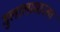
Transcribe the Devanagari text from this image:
गुलालासारखा